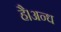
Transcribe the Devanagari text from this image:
है।अन्ध